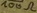
Text: 100Ω